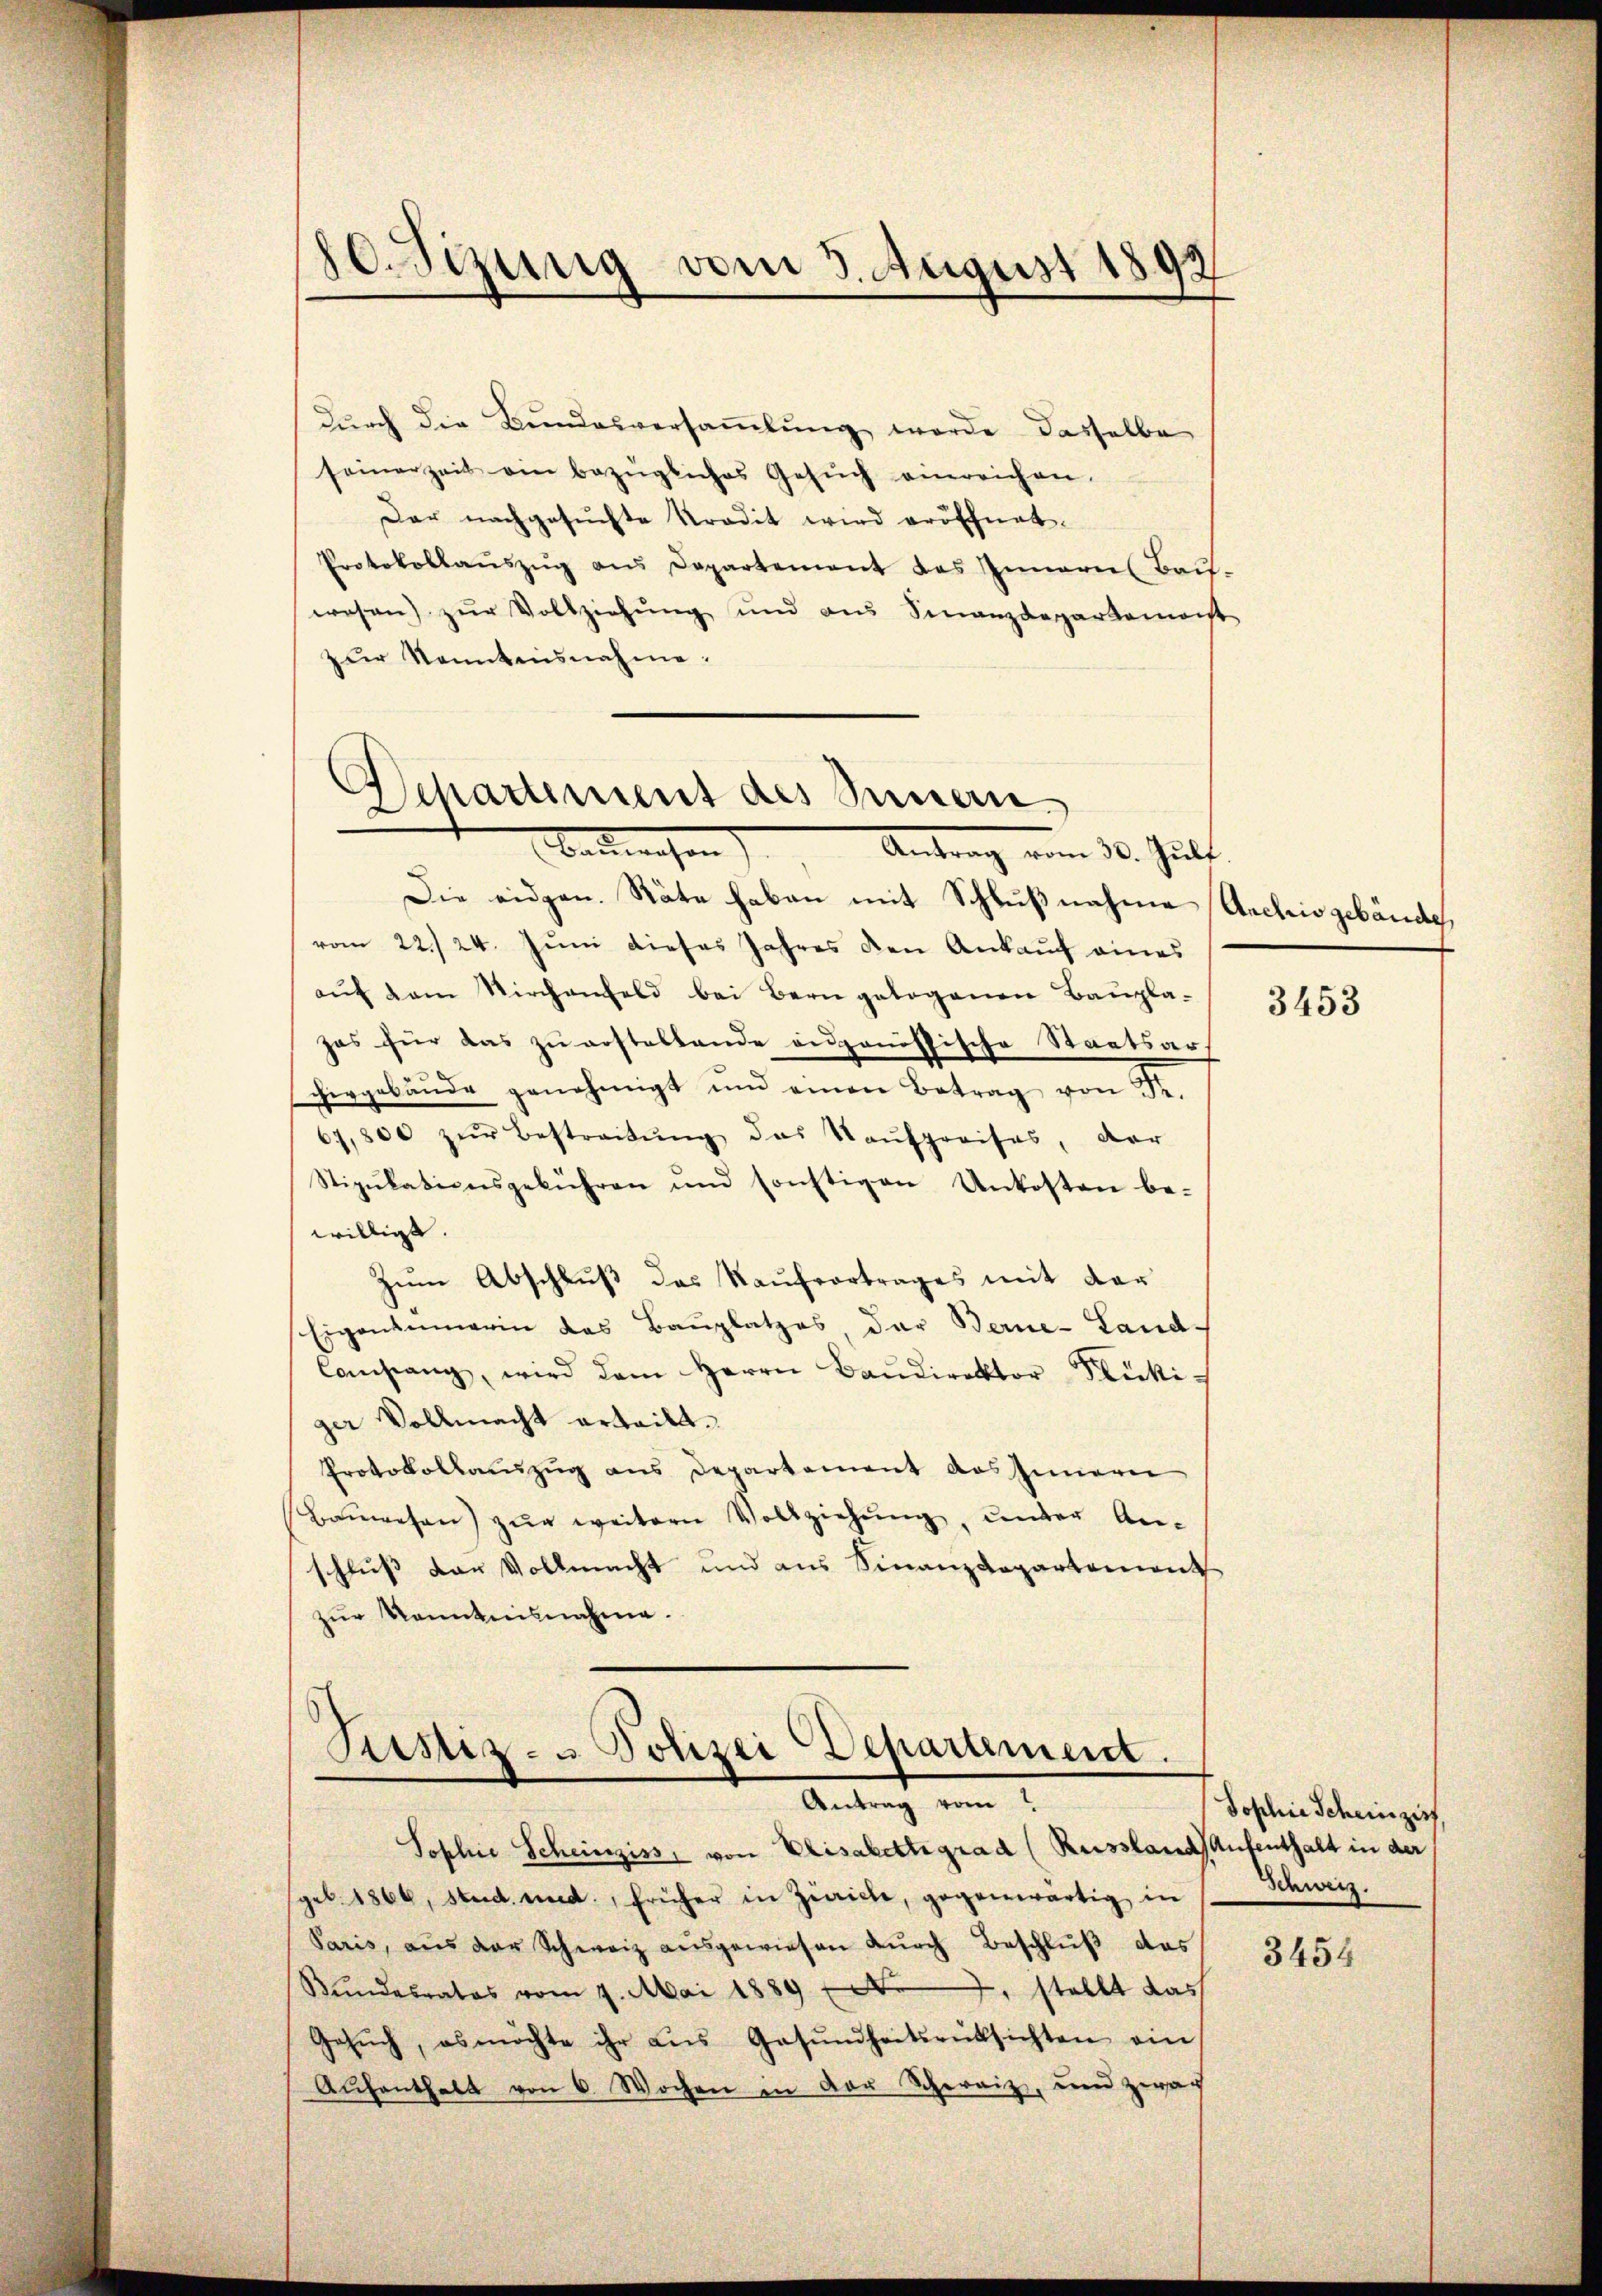
10. Sizung vom 3. August 1892

durch die Bundesversammlung werde dasselbe
seinerzeit ein bezügliches Gesŭch einreichen.
Der nachgesuchte Kredit wird eröffnet.
Protokollaŭszŭg ans Departement des Innern Bau-
wesen) zur Vollziehung und ans Finanzdepartemont
zŭr Sonntensnahme.

Departement des Innern

Bauwesen
Antrag vom 30. Juli
Die eidgen. Räte haben mit Schlußnahme Archivgebäude,
vom 22. 24. Juni dieses Jahres den Ankauf eines
aŭf dem Kirchenfeld bei Bern gelogenen Baupla-
zas für das zŭ erstellende angenössische Staatsar-
hergebäŭde genehmigt und einen Betrag von Sr.
67,800 zŭr Bestreitŭng das Kaŭfpreises, der
Stipulationsgebühren und sonstigen Unkosten be-
willigt.
Zŭm Abschluß des Kaŭfvertrages mit der
Eigenauerin des Bauplatzes, der Berne-Land-
Casang, wird dem Herrn Baŭdirektor Flücki
ger Vollmacht erteilt.
Protokollauszug aus Departement das Innern
Bauwesen) zur weitern Vollziehung, unter Anschluß der Vollmacht und aus Finanzdepartement
zur Kenntnisnahme.

Sophie Scheinziss, von Elisabettegrad (Reissland Aufenthalt in der
geb. 1866, Stud. und, früher in Zeiche, gegenwärtig in
Paris, aŭs der Schweiz aŭsgewiesen dŭrch Beschlŭβ das
Bundesrates vom 7. Mai 1889 f. 2, stellt das
Gesŭch, es möchte ihr aus Gesŭndheitsrüksichten ein
Aŭfenthalt von 6 Wochen in der Schereiz, und zwai

Ristiz- u. Polizei Departement.
.
Antrag vom

3453

Sophie Scheinzi
Schweiz.

3454